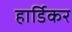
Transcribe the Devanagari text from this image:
हार्डिकर